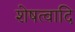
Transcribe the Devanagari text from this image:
शेषत्वादि